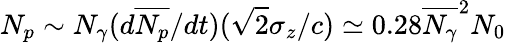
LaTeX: N_{p}\sim N_{\gamma}(d\overline{{N_{p}}}/dt)(\sqrt{2}\sigma_{z}/c)\simeq 0.28\overline{{N_{\gamma}}}^{2}N_{0}